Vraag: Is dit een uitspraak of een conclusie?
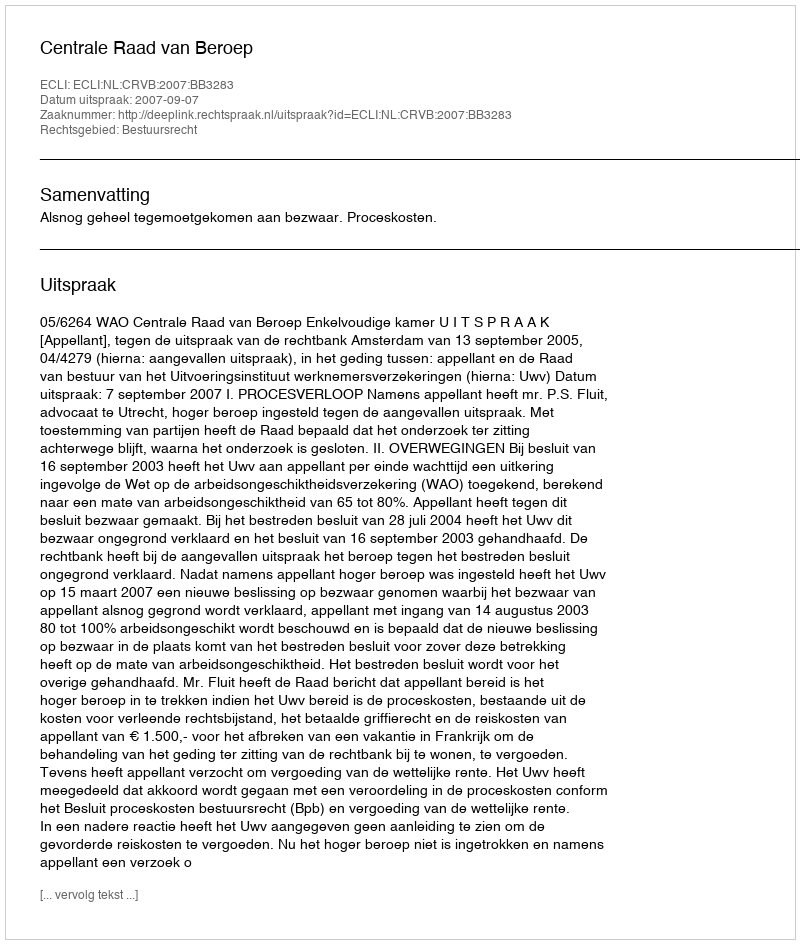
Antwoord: Uitspraak